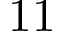
1 1